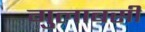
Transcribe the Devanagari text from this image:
गुलाबसी